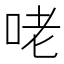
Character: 咾